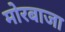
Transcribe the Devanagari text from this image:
मोरबाजा